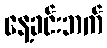
နေ့ခင်းဘက်